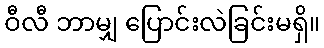
ဝီလီ ဘာမျှ ပြောင်းလဲခြင်းမရှိ။